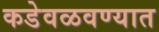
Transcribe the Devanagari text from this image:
कडेवळवण्यात